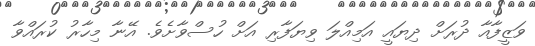
ވަޒީފާއާ ދުރަށް ދިޔައީ އަމިއްލަ ވިޔަފާރި އަށް ހުސްވާށެވެ. އޭނާ މިހާރު ކުރައްވާ